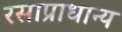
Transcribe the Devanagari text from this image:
रसाप्राधान्य